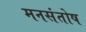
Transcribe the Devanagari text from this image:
मनसंतोष